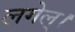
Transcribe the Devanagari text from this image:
लगेल्।